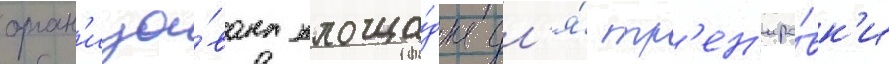
орган'изо́вана площа́дка дл'я́ тр'ен'иро́вк'и